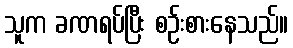
သူက ခဏရပ်ပြီး စဉ်းစားနေသည်။